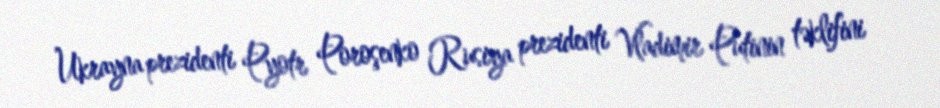
Ukrayna prezidenti Pyotr Poroşenko Rusiya prezidenti Vladimir Putinin təklifini